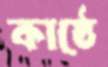
কাষ্ঠে